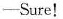
——Sure!